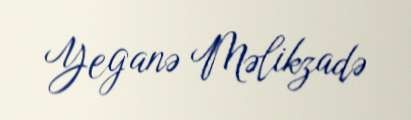
Yeganə Məlikzadə